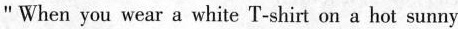
"When you wear a white T-shirt on a hot sunny